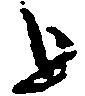
を